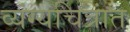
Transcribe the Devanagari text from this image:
व्यंग्यचित्रांत